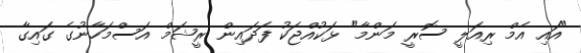
"އައި އެމް ރިއަލީ ސޮރީ މަންމާ" ޅަކުއްޖަކު ފަދައިން ރީޝަމް އަސްމަހާނުގެ ގައިގާ